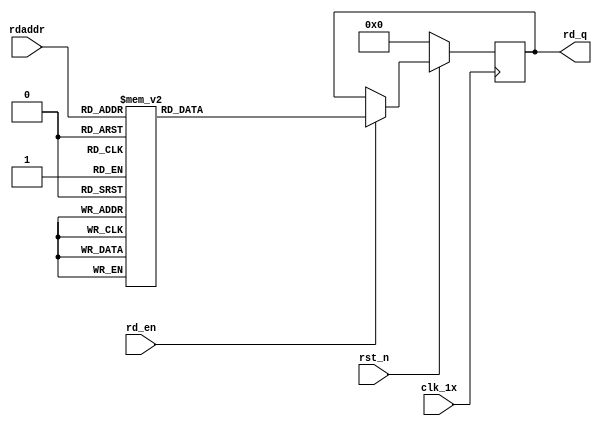

`timescale 1ns / 1ps
module F_short_t12_next_Rom1(
input	          							clk_1x,
input	          							rst_n,
//////////////////////////////////////////////////////////////
input										rd_en,
input				[4:0]				rdaddr,
output		reg			[167:0]				rd_q
);

always @(posedge clk_1x)begin
	if(~rst_n)begin
		rd_q <= 168'b0;
	end
	else if(rd_en == 1'b1)begin
		case(rdaddr)
			5'h14: rd_q <= 168'b010100101101000001001100010001011111010111110011111110001010010101001011000001001110001011100010010110011010001100100110110010110000110010101011111011011010001100000001;
			5'h13: rd_q <= 168'b010000100101000011001010111011011000010111110010000001010001110001111101000100101000001100011101100000010110111011110010101010001001100001110101101011000100101011011110;
			5'h12: rd_q <= 168'b111100001000100100000010101000101000001101100001010110111010010110111111100110000101110010011100110000000011001100101110111101010101010111001011101000101111111001100001;
			5'h11: rd_q <= 168'b100111001110101001100001010011111000011001101001011000100000001000000101011010010100100111110100001110011100001110011010100110000011010110000101000011000011000100000000;
			5'h10: rd_q <= 168'b000000001001110011101010011000010100111110000110011010010110001000000010000001010110100101001001111101000011100111000011100110101001100000110101100001010000110000110001;
			5'h0f: rd_q <= 168'b100010001010111001100111101101100011100011011001011110110001100110010000000101011110110001111001011110101001111101011001110001111001100101100010000010010111111000110010;
			5'h0e: rd_q <= 168'b010011100010000001111010110110011010111110100110001111110010011010000011011011010111010011111101111011110100100000001101110011110011000111101000010101100001101111000111;
			5'h0d: rd_q <= 168'b011100100111000110000000110001100101000001100011100011011111101111011110000100010101011000100111010110000000001000001100110101110101000000001101011111100100101101101110;
			5'h0c: rd_q <= 168'b100111111011010101011010100111101101101011000010001100001111001111100100011111001111010001100010000110011111000000111110000101110110001111010111001110100011011000100001;
			5'h0b: rd_q <= 168'b110011100101010100010001010100100100111111000011001110011100110000011000001101100100111110111110100111101011100101111111010000111101101100011000111111010000101011001001;
			5'h0a: rd_q <= 168'b001100110010111000101100010111110010001111111100010011100011111001010011101001111011111001111111111000111110111100111001100001101111101111001001011110011001110010010110;
			5'h09: rd_q <= 168'b001001001011101010000111001000000110101110010100110111110100011101001100010110010010001110101010001011110101000100110011110111111000100110010100101000111010101101010100;
			5'h08: rd_q <= 168'b010101111101100111110010000001101000101011000111010100111111000001011000111110001111010111101111110101100001011001000101100101000110001111101000110001111101101010011010;
			5'h07: rd_q <= 168'b111000010000010110011100010011110100101001001101101011110101000001010101110011001100000001111100100000011001011010101101100111000001101011010000011110100010011100000001;
			5'h06: rd_q <= 168'b010000101110001100011111001111011000111101001101101110110100101110001000000011000100101100111111000111111011011011000111001000111100111101100011110101111101110101011010;
			5'h05: rd_q <= 168'b000101100110000001110010011011000110111101011100001011000101011100110011000100010001001111100100101110111011101001100110010000111011100010000000110001111101001000000101;
			5'h04: rd_q <= 168'b000000010101110100100001010000110111101110111000100100111100111011000010000111110000001010011000011011011101110100110110111111010110111110001010001011110111000101011110;
			5'h03: rd_q <= 168'b010101010110101010010111110000101100011001111000111000000111100111111011001011101001010011011001111101101001100111010000101001110001100101101011100001100011101101011000;
			5'h02: rd_q <= 168'b100100100111001111001110101001110001000000011010111101001100010110110001110100010011111011000101100110110011110111101010010010001001101010100100110000001100110100011001;
			5'h01: rd_q <= 168'b100000100110011010000001000110100100000000111000100110001001000010011110110001101010010001110010101111011100010000111001001101110010101011110101111001011000111110010011;
			5'h00: rd_q <= 168'b001001010100000010001110101111000011100100100000110101000111001101110111101110000101000100111011101010110110100110010100010001000001010001110111001100001000000111001011;
		default:rd_q <= 168'b0;
		endcase
	end
end

endmodule